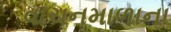
વાચનમાળાના